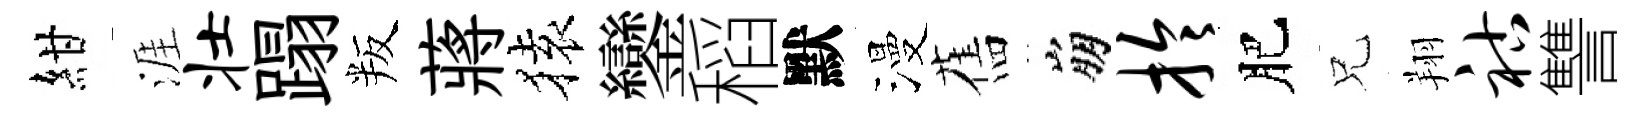
紺涯壮蹋叛蔣𫞤鑾稻默漫舊崩拎肥兄翔祜讐